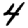
Digit: 4